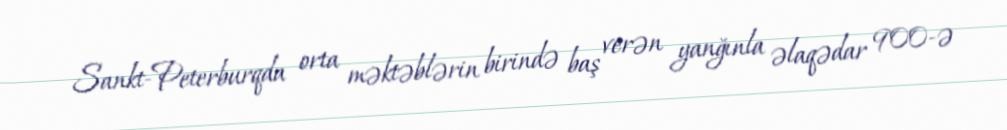
Sankt-Peterburqda orta məktəblərin birində baş verən yanğınla əlaqədar 900-ə